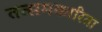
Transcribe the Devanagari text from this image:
तत्समकारिता